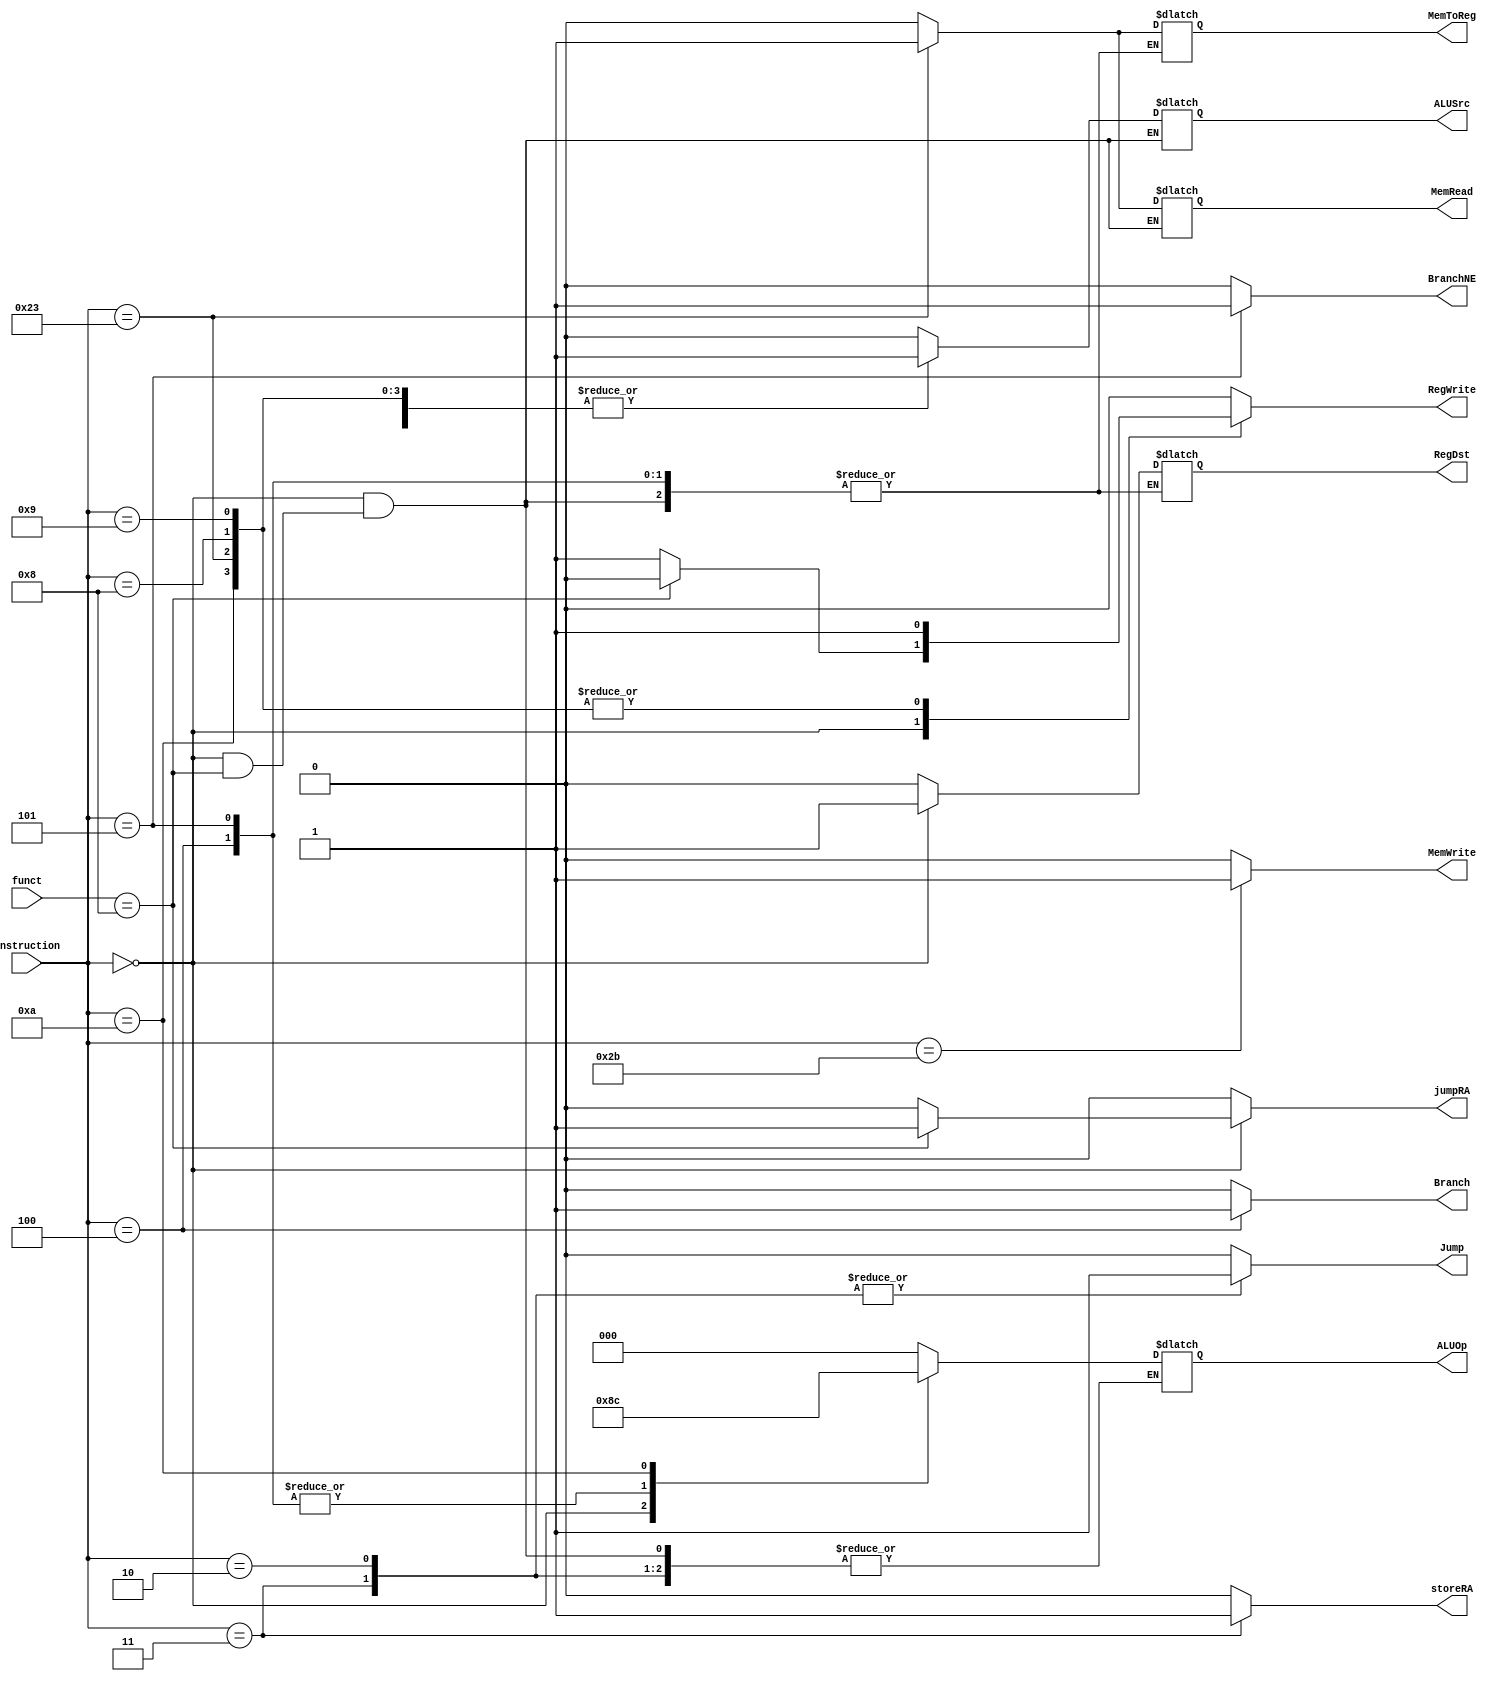
`timescale 1ns / 1ps

module ControlUnit(
    input wire [5:0] instruction,  // 31:26
    input wire [5:0] funct, 
    output reg RegDst,
    output reg Branch,
    output reg BranchNE,    
    output reg MemRead,
    output reg MemToReg,
    output reg [2:0] ALUOp,
    output reg MemWrite,
    output reg ALUSrc,
    output reg RegWrite,
    output reg Jump,
    output reg storeRA,
    output reg jumpRA
    );
    // neeed to consider control lines for add immiediate
    /*
        RegDst
        ALUSrc
        MemToReg
        RegWrite
        MemRead
        MemWrite
        Branch
        ALUOp
    */
    always @* 
        case(instruction)
            6'b000000: // R type     
            begin
            if(funct == 6'b001000) // jump register instruction
            begin
                //RegDst = X;
                //ALUSrc = X;
                //MemToReg = 0;
                RegWrite = 0;
                //MemRead = X;
                MemWrite = 0;
                Branch  = 0;
                BranchNE = 0;
                //ALUOp = 2'b10;
                Jump = 0;
                storeRA = 0;
                jumpRA = 1;
            end                            
            else
            begin
                RegDst = 1;
                ALUSrc = 0;
                MemToReg = 0;
                RegWrite = 1;
                MemRead = 0;
                MemWrite = 0;
                Branch  = 0;
                BranchNE = 0;
                ALUOp = 3'b010;
                Jump = 0;
                storeRA = 0;
                jumpRA = 0;
            end   
            end               
            6'b000100: // beq
            begin
                //RegDst = X;
                ALUSrc = 0;
                //MemToReg = X;
                RegWrite = 0;
                MemRead = 0;
                MemWrite = 0;
                Branch  = 1;
                BranchNE = 0;
                ALUOp = 3'b001;
                Jump = 0;   
                storeRA = 0;
                jumpRA = 0;                             
            end
            6'b000101: // bne
            begin
                //RegDst = X;
                ALUSrc = 0;
                //MemToReg = X;
                RegWrite = 0;
                MemRead = 0;
                MemWrite = 0;
                Branch  = 0;
                BranchNE = 1;
                ALUOp = 3'b001;
                Jump = 0;     
                storeRA = 0;
                jumpRA = 0;                
            end           
            6'b000011: // jal
            begin
                RegDst = 0;
                ALUSrc = 0;
                MemToReg = 0;
                MemRead  = 0;
                //
                MemWrite = 0;
                RegWrite = 0;
                Branch = 0;
                BranchNE = 0;
                //ALUOp = X
                Jump = 1;
                storeRA = 1;     
                jumpRA = 0; 
            end     
            6'b000010: // jump
            begin
            // No need to change  
                RegDst = 0;
                ALUSrc = 0;
                MemToReg = 0;
                MemRead  = 0;
           // No operation                      
                MemWrite = 0;
                RegWrite = 0;
                Branch = 0;
                BranchNE = 0;
                //ALUOp = X
                Jump = 1;
                storeRA = 0;     
                jumpRA = 0; 
            end    
            6'b001010: // set on less than immediate
            begin
                RegDst = 0; // $rt is the destination
                ALUSrc = 1; // immediate constant 
                MemToReg = 0; // we are not from memory, instead we are reading from ALU 
                RegWrite = 1; // we are writing to register
                MemRead = 0;  // we are not reading memory
                MemWrite = 0; // we are not writing memory
                Branch  = 0;  // no need 
                BranchNE = 0; // no need 
                ALUOp = 3'b100; // ALUOps for set on less than immmediate ????
                Jump = 0; // no need 
                storeRA = 0;  // no need 
                jumpRA = 0;    // no need         
            end
            6'b100011: // lw
            begin
                RegDst = 0;
                ALUSrc = 1;
                MemToReg = 1;
                RegWrite = 1;
                MemRead = 1;
                MemWrite = 0;
                Branch  = 0;
                BranchNE = 0;
                ALUOp = 3'b000;
                Jump = 0;
                storeRA = 0;
                jumpRA = 0;
            end
            6'b101011: // sw 
            begin
                RegDst = 0;
                ALUSrc = 1;
                MemToReg = 0;
                RegWrite = 0;
                MemRead = 0;
                MemWrite = 1;
                Branch  = 0;
                BranchNE = 0;
                ALUOp = 3'b000;
                Jump = 0;
                storeRA = 0;
                jumpRA = 0;
            end     
            6'b001000: // add immediate 
            begin
                RegDst = 0; //  $rt is the destination 
                ALUSrc = 1; //  16 bit constant value. 
                MemToReg = 0; // no need to read memory
                RegWrite = 1; // we are writing to register 
                MemRead = 0;  // we are not reading from memory
                MemWrite = 0; // we are not writing into memory
                Branch = 0; // not branch operaiton
                BranchNE = 0;
                ALUOp = 3'b000;
                Jump = 0;
                storeRA = 0;
                jumpRA = 0;
            end                                            
            6'b001001: // add immediate unsigned
            begin
                RegDst = 0;   //  $rt is the destination 
                ALUSrc = 1;   //  16 bit constant value. 
                MemToReg = 0; // not reading from memory, but ALU
                RegWrite = 1; // we are writing to register 
                MemRead = 0;  // we are not reading from memory
                MemWrite = 0; // we are not writing into memory
                Branch = 0;   // not branch operaiton
                BranchNE = 0;
                ALUOp = 3'b000;
                Jump = 0;
                storeRA = 0;
                jumpRA = 0;
            end       
            default:
            begin
                RegDst = 0; 
                ALUSrc = 0;  
                MemToReg = 0;
                RegWrite = 0; 
                MemRead = 0;  
                MemWrite = 0;
                Branch = 0;   
                BranchNE = 0;
                ALUOp = 3'b000;
                Jump = 0;
                storeRA = 0;
                jumpRA = 0;            
            end                 
        endcase
endmodule